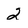
Character: 2